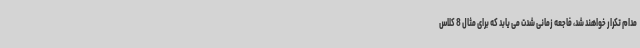
مدام تکرار خواهند شد، فاجعه زمانی شدت می یابد که برای مثال 8 کلاس